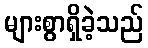
များစွာရှိခဲ့သည်